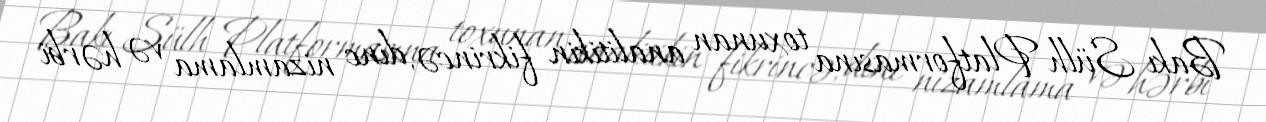
Bakı Sülh Platformasına toxunan analitikin fikrincə, dinc nizamlama və hərbi